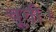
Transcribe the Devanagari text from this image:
चूती।